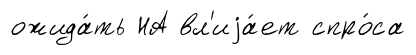
ожида́ть НА вл'иjа́ет спро́са